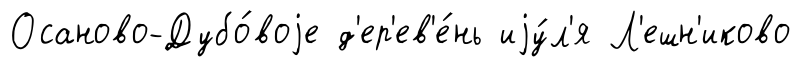
Осаново-Дубо́воjе д'ер'ев'е́нь иjу́л'я Л'ешн'иково